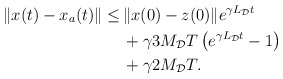
\begin{align*}\begin{aligned}\|x(t)-x_a(t)\| \le&\, \|x(0)-z(0) \| e^{\gamma L_\mathcal{D}t} \\&\,+ \gamma 3 M_\mathcal{D} T \left(e^{\gamma L_\mathcal{D}t} -1\right)\\&\,+\gamma 2M_\mathcal{D} T.\end{aligned}\end{align*}